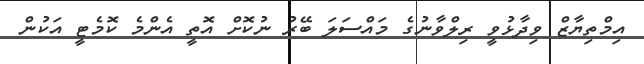
އިމްތިޔާޒް ވިދާޅުވީ ރިލްވާނުގެ މައްސަލަ ބޭރު ނުކޮށް އޮތީ އެންމެ ކޮމެޓީ އަކުން